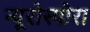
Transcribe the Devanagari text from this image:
न्यूरोस्पोरा